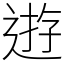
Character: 逰